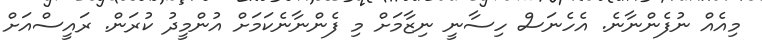
މިއެއް ނުފެންނާނެ. އެހެނަސް ހިސާނީ ނިޒާމަށް މި ފެންނާނެކަމަށް އުންމީދު ކުރަން. ރައީސްއަށް